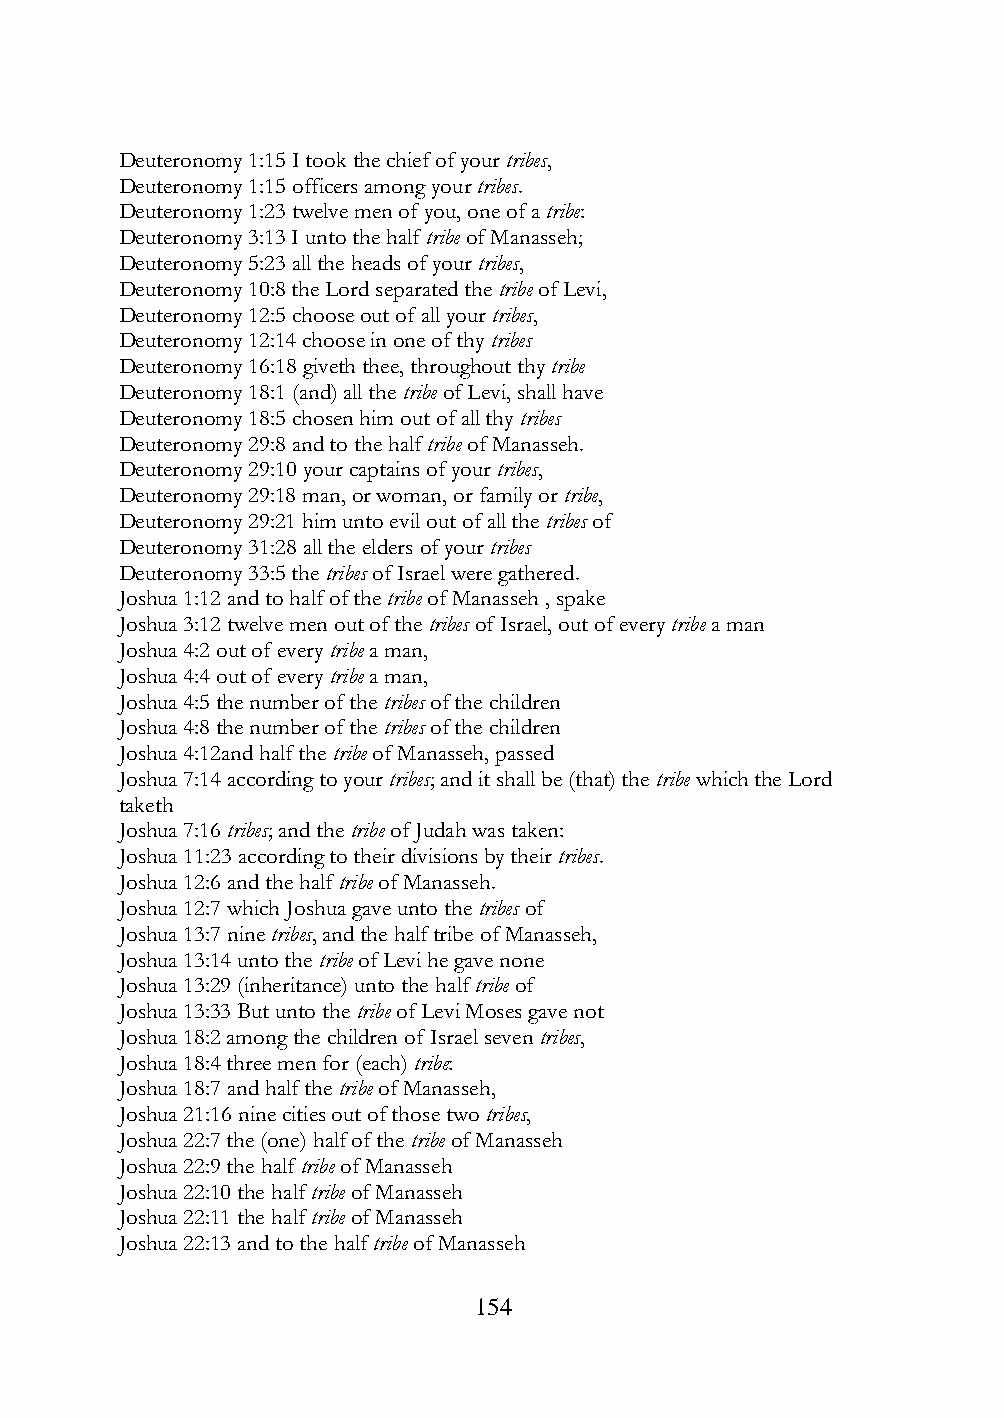
Deuteronomy 1:15 I took the chief of your tribes,
 Deuteronomy 1:15 officers among your tribes.
 Deuteronomy 1:23 twelve men of you, one of a tribe:
 Deuteronomy 3:13 I unto the half tribe of Manasseh;
 Deuteronomy 5:23 all the heads of your tribes,
 Deuteronomy 10:8 the Lord separated the tribe of Levi,
 Deuteronomy 12:5 choose out of all your tribes,
 Deuteronomy 12:14 choose in one of thy tribes
 Deuteronomy 16:18 giveth thee, throughout thy tribe
 Deuteronomy 18:1 (and) all the tribe of Levi, shall have
 Deuteronomy 18:5 chosen him out of all thy tribes
 Deuteronomy 29:8 and to the half tribe of Manasseh.
 Deuteronomy 29:10 your captains of your tribes,
 Deuteronomy 29:18 man, or woman, or family or tribe,
 Deuteronomy 29:21 him unto evil out of all the tribes of
 Deuteronomy 31:28 all the elders of your tribes
 Deuteronomy 33:5 the tribes of Israel were gathered.
 Joshua 1:12 and to half of the tribe of Manasseh , spake
 Joshua 3:12 twelve men out of the tribes of Israel, out of every tribe a man
 Joshua 4:2 out of every tribe a man,
 Joshua 4:4 out of every tribe a man,
 Joshua 4:5 the number of the tribes of the children
 Joshua 4:8 the number of the tribes of the children
 Joshua 4:12and half the tribe of Manasseh, passed
 Joshua 7:14 according to your tribes; and it shall be (that) the tribe which the Lord
 taketh
 Joshua 7:16 tribes; and the tribe of Judah was taken:
 Joshua 11:23 according to their divisions by their tribes.
 Joshua 12:6 and the half tribe of Manasseh.
 Joshua 12:7 which Joshua gave unto the tribes of
 Joshua 13:7 nine tribes, and the half tribe of Manasseh,
 Joshua 13:14 unto the tribe of Levi he gave none
 Joshua 13:29 (inheritance) unto the half tribe of
 Joshua 13:33 But unto the tribe of Levi Moses gave not
 Joshua 18:2 among the children of Israel seven tribes,
 Joshua 18:4 three men for (each) tribe:
 Joshua 18:7 and half the tribe of Manasseh,
 Joshua 21:16 nine cities out of those two tribes,
 Joshua 22:7 the (one) half of the tribe of Manasseh
 Joshua 22:9 the half tribe of Manasseh
 Joshua 22:10 the half tribe of Manasseh
 Joshua 22:11 the half tribe of Manasseh
 Joshua 22:13 and to the half tribe of Manasseh
 154